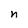
Character: n